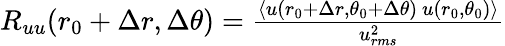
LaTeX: \begin{array}{r}{R_{uu}(r_{0}+\Delta r,\Delta\theta)=\frac{\langle u(r_{0}+\Delta r,\theta_{0}+\Delta\theta)~u(r_{0},\theta_{0})\rangle}{u_{rms}^{2}}}\end{array}